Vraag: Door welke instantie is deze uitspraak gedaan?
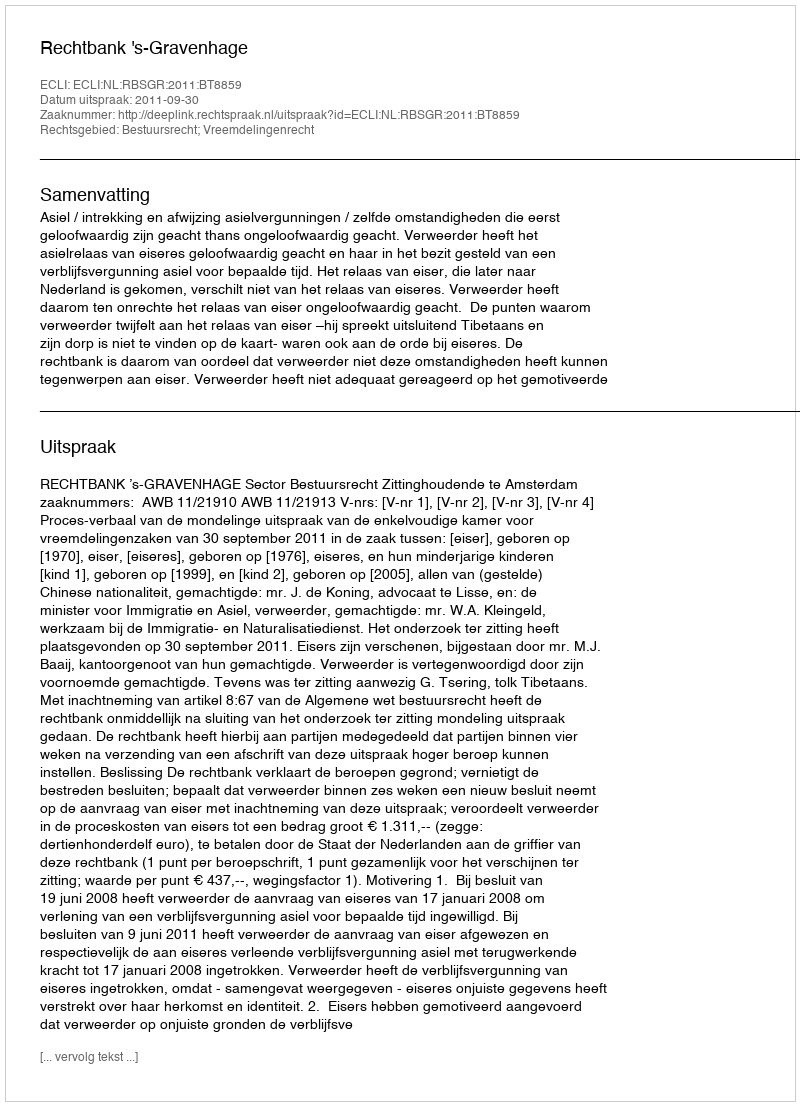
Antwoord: Rechtbank 's-Gravenhage